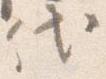
代